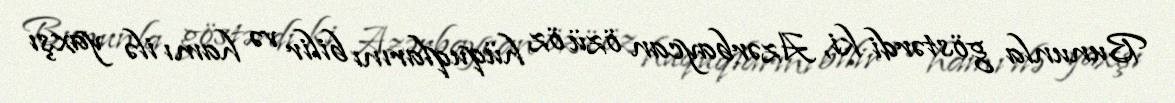
Bununla göstərdi ki, Azərbaycan özü öz hüquqlarını bilir və hamı ilə yaxşı